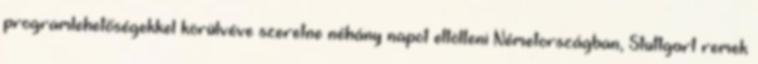
programlehetőségekkel körülvéve szeretne néhány napot eltölteni Németországban, Stuttgart remek